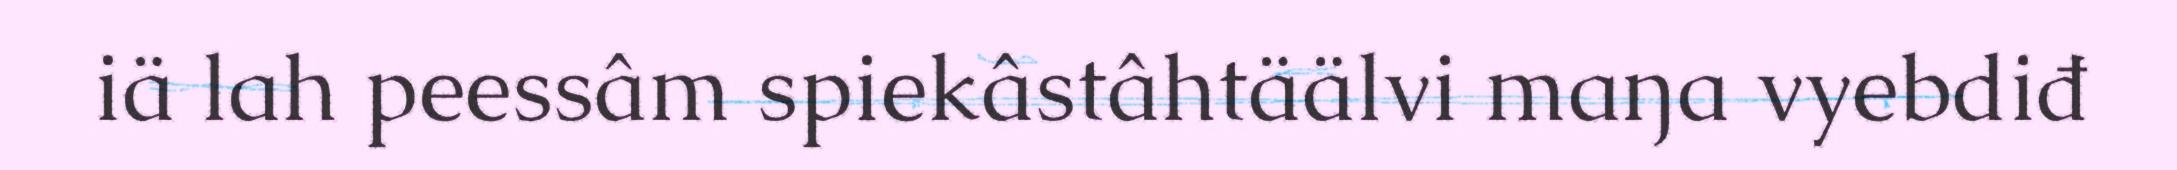
iä lah peessâm spiekâstâhtäälvi maŋa vyebdiđ